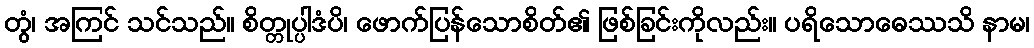
တွံ၊ အကြင် သင်သည်။ စိတ္တုပ္ပါဒံပိ၊ ဖောက်ပြန်သောစိတ်၏ ဖြစ်ခြင်းကိုလည်း။ ပရိသောဓေဿသိ နာမ၊